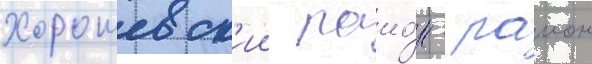
Хорошевск'ии раио́н - раион